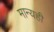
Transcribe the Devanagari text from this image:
मान्यही